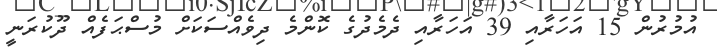
އުމުރުން 15 އަހަރާއި 39 އަހަރާއި ދެމެދުގެ ކޮންމެ ދިވެއްސަކަށް މުސްޙަފެއް ދޫކުރަނީ